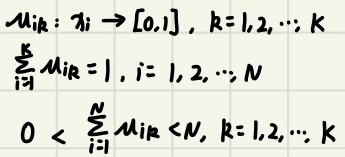
\[
\begin{align*}
\mu_{iR} &: x_i \to [0,1],\ k = 1,2,\cdots; K\\
\sum_{i = 1}^{K} \mu_{iR} &= 1,\ i = 1,2,\cdots; N\\
0 &< \sum_{i = 1}^{N} \mu_{iR} < N,\ k = 1,2,\cdots; K
\end{align*}
\]